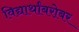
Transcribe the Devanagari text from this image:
विद्यार्थांबरोबर